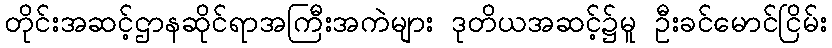
တိုင်းအဆင့်ဌာနဆိုင်ရာအကြီးအကဲများ ဒုတိယအဆင့်၌မူ ဦးခင်မောင်ငြိမ်း